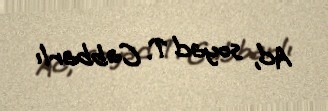
Ad, soyad T. Cabbarlı